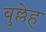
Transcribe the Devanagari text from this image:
बुल्लेह